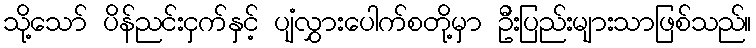
သို့သော် ပိန်ညင်းငှက်နှင့် ပျံလွှားပေါက်စတို့မှာ ဦးပြည်းများသာဖြစ်သည်။